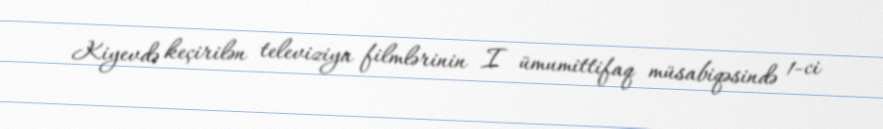
Kiyevdə keçirilən televiziya filmlərinin I ümumittifaq müsabiqəsində 1-ci